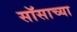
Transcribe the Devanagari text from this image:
सॉसाच्या